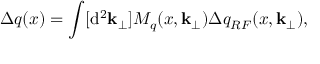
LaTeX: \Delta q ( x ) = \int [ { \mathrm d } ^ { 2 } { \mathbf k } _ { \perp } ] M _ { q } ( x , { \mathbf k } _ { \perp } ) \Delta q _ { R F } ( x , { \mathbf k } _ { \perp } ) ,